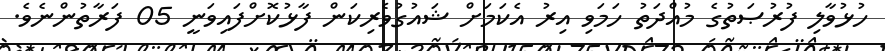
ހުޅުވާލި ފުރުޞަތުގެ މުއްދަތު ހަމަވި އިރު އެކަމަށް ޝައުގުވެރިކަން ފާޅުކޮށްފައިވަނީ 05 ފަރާތުންނެވެ.